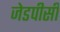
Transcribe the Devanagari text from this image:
जेडपीसी